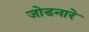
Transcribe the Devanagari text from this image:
जोडनारे